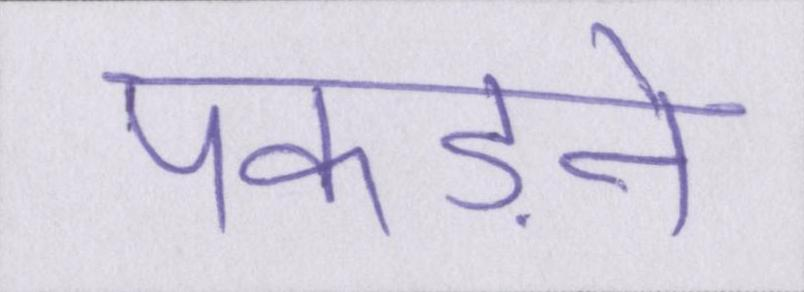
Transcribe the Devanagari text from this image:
पकड़ने